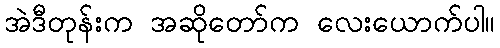
အဲဒီတုန်းက အဆိုတော်က လေးယောက်ပါ။